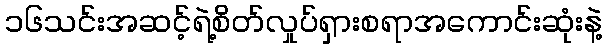
၁၆သင်းအဆင့်ရဲ့စိတ်လှုပ်ရှားစရာအကောင်းဆုံးနဲ့